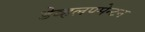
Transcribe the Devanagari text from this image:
डेव्हलपमेन्टन